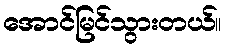
အောင်မြင်သွားတယ်။